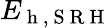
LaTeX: E_{\mathrm{~h~,~S~R~H~}}